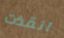
انقذت